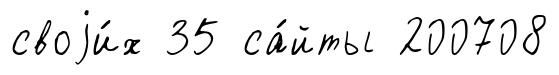
своjи́х 35 са́йты 200708